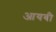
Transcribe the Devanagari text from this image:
आयबी